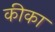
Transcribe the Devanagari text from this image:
कीका